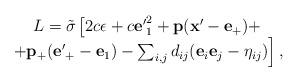
LaTeX: \begin{align*}\begin{array}{c} L={\tilde\sigma}\left[2c\epsilon+ c{\bf e'}^2_1+{\bf p}({\bf x'}-{\bf e}_+)+\right.\\\left.+{\bf p}_+({\bf e'}_+ - {\bf e}_1)-\sum_{i,j}d_{ij}({\bf e}_i{\bf e}_j -\eta_{ij})\right],\end{array}\end{align*}